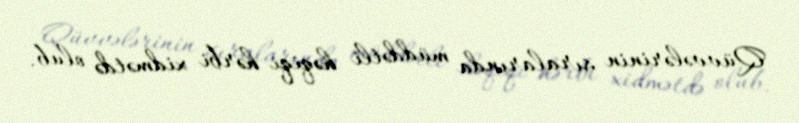
Qüvvələrinin sıralarında müddətli həqiqi hərbi xidmətdə olub.